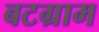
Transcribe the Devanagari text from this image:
बटग्राम